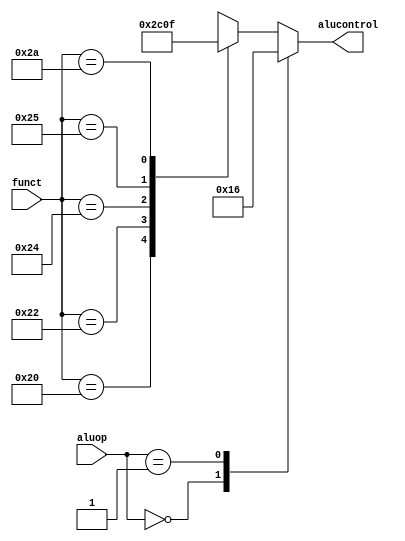
`timescale 1ns / 1ps
//////////////////////////////////////////////////////////////////////////////////
// Company: 
// Engineer: 
// 
// Design Name: 
// Module Name: aludec
// Project Name: 
// Target Devices: 
// Tool Versions: 
// Description: 
// 
// Dependencies: 
// 
// Revision:
// Revision 0.01 - File Created
// Additional Comments:
// 
//////////////////////////////////////////////////////////////////////////////////

module aludec (input [5:0] funct, input [1:0] aluop, output reg [2:0] alucontrol);

always @ (*)
case (aluop)
2'b00: alucontrol <= 3'b010; // add
2'b01: alucontrol <= 3'b110; // sub

default: case(funct) // RTYPE
6'b100000: alucontrol <= 3'b010; // ADD
6'b100010: alucontrol <= 3'b110; // SUB
6'b100100: alucontrol <= 3'b000; // AND
6'b100101: alucontrol <= 3'b001; // OR
6'b101010: alucontrol <= 3'b111; // SLT
default: alucontrol <= 3'bxxx; // ???
endcase
endcase
endmodule